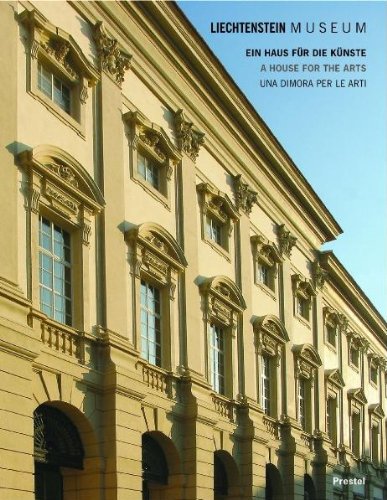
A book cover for Liechtenstein Museum: A House for the Arts (Liechtenstein Museum Vienna); Travel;